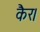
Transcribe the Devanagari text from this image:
कैर।